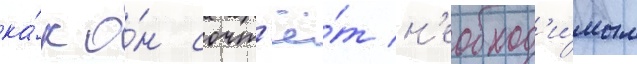
ка́к о́н сочт'ё́т н'еобход'и́мым